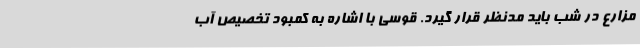
مزارع در شب باید مدنظر قرار گیرد. قوسی با اشاره به کمبود تخصیص آب